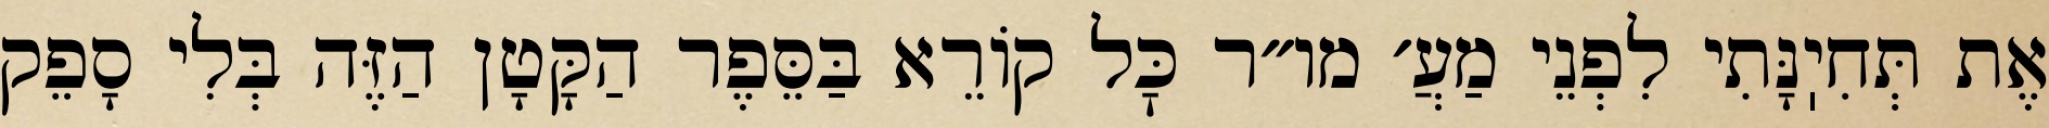
אֶת תְּחִיֽנָּתִי לִפְנֵי מַעֲ׳ מו״ר כׇּל קוֹרֵא בַּסֵּפֶר הַקָּטָן הַזֶּה בְּלִי סָפֵק